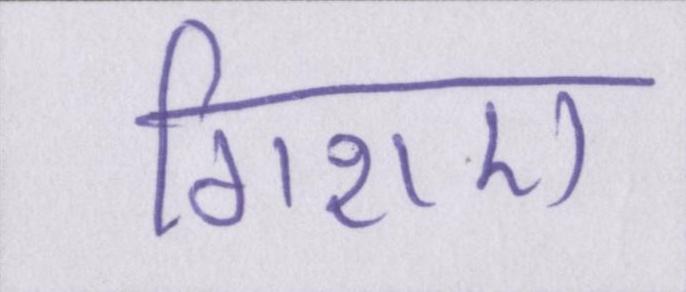
गिराए